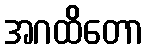
အဂထိတော